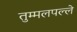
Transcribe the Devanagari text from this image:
तुम्मलपल्ले